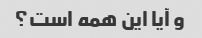
و آیا این همه است؟